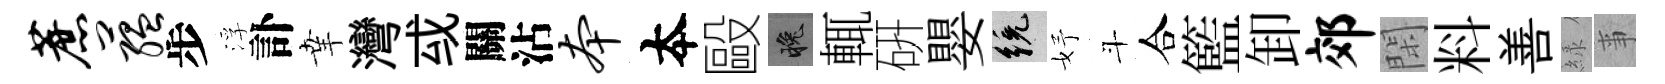
蔗蕴步浮訃𦍒灣㦯關沾本夲毆晚輒硏嬰統妤斗合籃卸郊閑料善緑亊